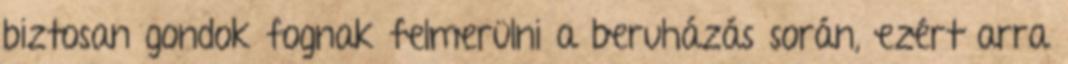
biztosan gondok fognak felmerülni a beruházás során, ezért arra